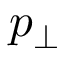
p _ { \perp }